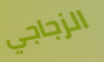
الزجاجي